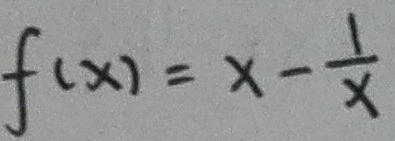
f ( x ) = x - \frac { 1 } { x }